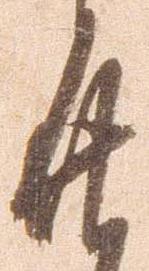
廿